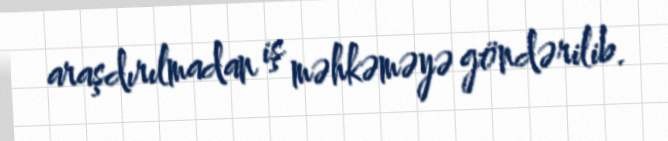
araşdırılmadan iş məhkəməyə göndərilib.